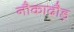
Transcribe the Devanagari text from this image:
नौकादौड़